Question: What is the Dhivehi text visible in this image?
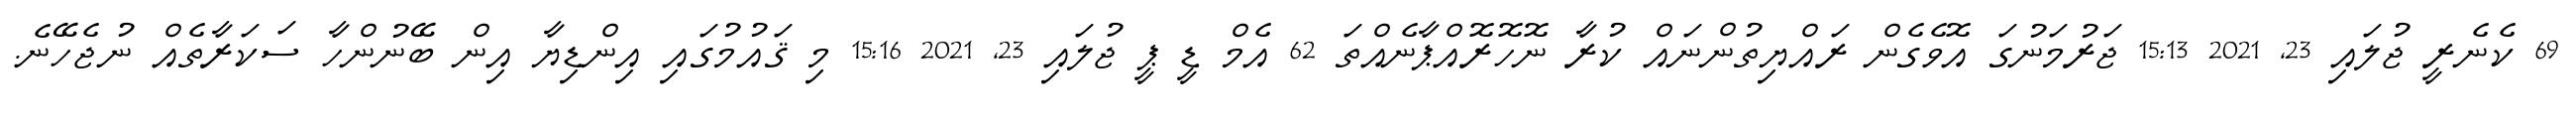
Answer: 69 ކެނެރީ ޖުލައި 23, 2021 15:13 ޖަރުމަނުގަ އޮވެގެން ރައްޔިތުންނައް ކުރާ ނޮހޮރޮއްޕާނެއްތަ 62 އެމް ޑީ ޕީ ޖުލައި 23, 2021 15:16 މި ޤައުމުގައި އިންޑިޔާ އިން ބޭނުންހާ ސަކަރާތެއް ނުޖެހޭނެ.